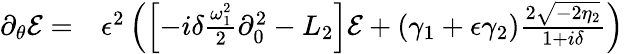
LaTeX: \begin{array}{rl}{\partial_{\theta}\mathcal{E}=}&{{}\epsilon^{2}\left(\left[-i\delta\frac{\omega_{1}^{2}}{2}\partial_{0}^{2}-L_{2}\right]\mathcal{E}+(\gamma_{1}+\epsilon\gamma_{2})\frac{2\sqrt{-2\eta_{2}}}{1+i\delta}\right)}\end{array}